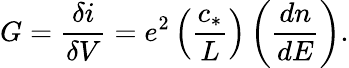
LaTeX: G=\frac{\delta i}{\delta V}=e^{2}\left(\frac{c_{*}}{L}\right)\left(\frac{dn}{dE}\right).